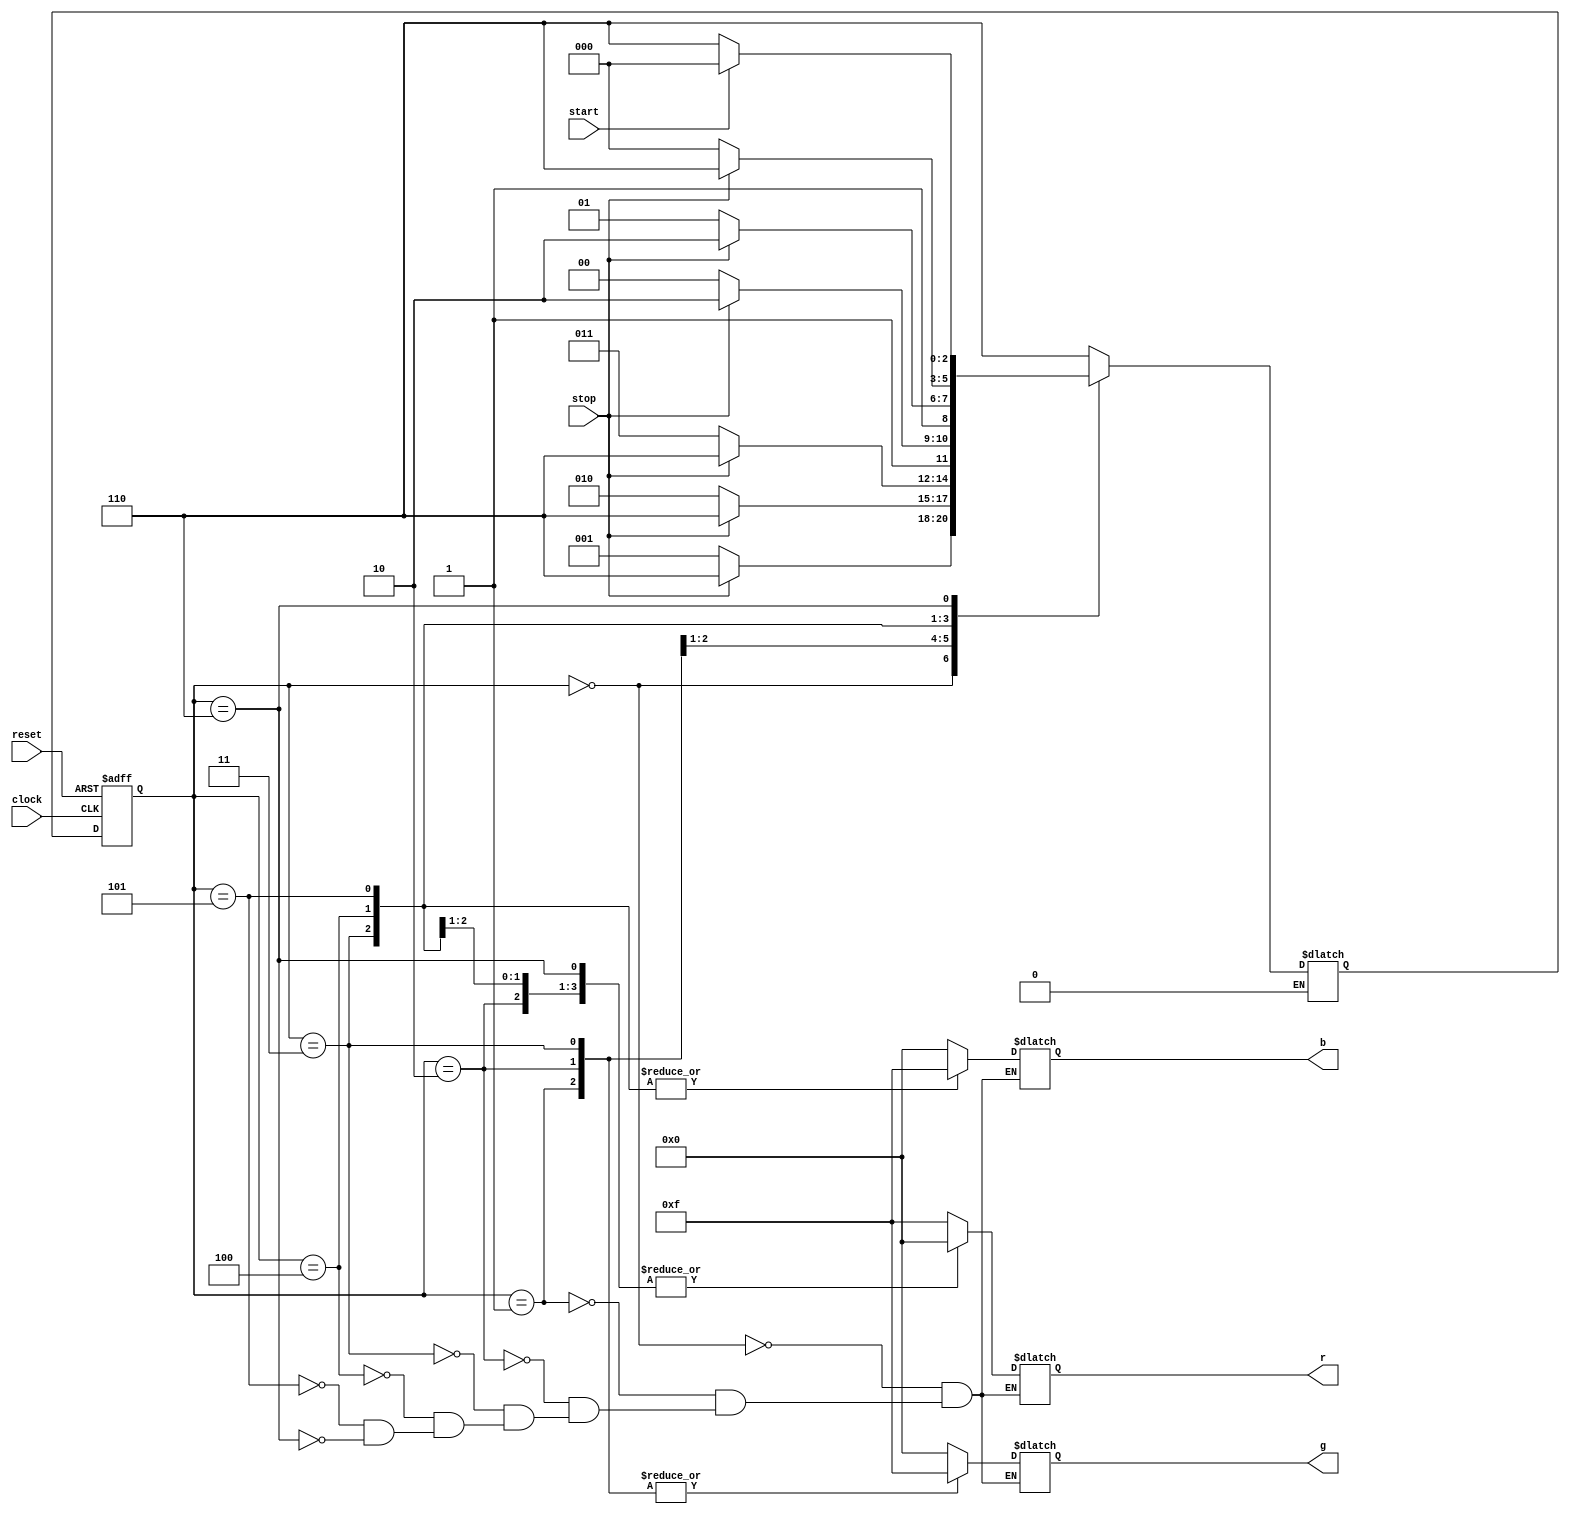
module crazy_light(reset, clock, start, stop, r, g, b);
  input reset;
  input clock;
  input start;
  input stop;
  output [3:0] r;
  output [3:0] g;
  output [3:0] b;

  reg [3:0] r;
  reg [3:0] g;
  reg [3:0] b;

  parameter [2:0] S0 = 0, S1 = 1, S2 = 2, S3 = 3, S4 = 4, S5 = 5, S6 = 6;
  reg [2:0] current_state, next_state;

  always @(posedge clock or posedge reset)
  begin: SYNCH
    if (reset == 1'b1)
       current_state <= S6;
    else
       current_state <= next_state;
  end

  always @(current_state or start or stop)
  begin: COMBIN
     case (current_state)
        S0:
        begin
          if (stop == 1'b0)
             begin
             next_state <= S1;
             end
          else if (stop == 1'b1)
             begin
             next_state <= S6;
             end
          r <= 4'b1111;
          g <= 4'b0000;
          b <= 4'b0000;

        end

        S1:
        begin
          if (stop == 1'b0)
             begin
             next_state <= S2;
             end
          else if (stop == 1'b1)
             begin
             next_state <= S6;
             end
          r <= 4'b1111;
          g <= 4'b1111;
          b <= 4'b0000;

        end

        S2:
        begin
          if (stop == 1'b0)
             begin
             next_state <= S3;
             end
          else if (stop == 1'b1)
             begin
             next_state <= S6;
             end
          r <= 4'b0000;
          g <= 4'b1111;
          b <= 4'b0000;

        end

        S3:
        begin
          if (stop == 1'b0)
             begin
             next_state <= S4;
             end
          else if (stop == 1'b1)
             begin
             next_state <= S6;
             end
          r <= 4'b0000;
          g <= 4'b1111;
          b <= 4'b1111;

        end

        S4:
        begin
          if (stop == 1'b0)
             begin
             next_state <= S5;
             end
          else if (stop == 1'b1)
             begin
             next_state <= S6;
             end
          r <= 4'b0000;
          g <= 4'b0000;
          b <= 4'b1111;

        end

        S5:
        begin
          if (stop == 1'b0)
             begin
             next_state <= S0;
             end
          else if (stop == 1'b1)
             begin
             next_state <= S6;
             end
          r <= 4'b1111;
          g <= 4'b0000;
          b <= 4'b1111;

        end

        S6:
        begin
          if (start == 1'b1)
             begin
             next_state <= S0;
             end
          else if (start == 1'b0)
             begin
             next_state <= S6;
             end
          r <= 4'b0000;
          g <= 4'b0000;
          b <= 4'b0000;

        end


        default:
          next_state <= S6;
     endcase
  end

endmodule